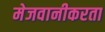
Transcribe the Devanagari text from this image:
मेजवानीकरता